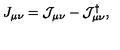
J _ { \mu \nu } = \mathcal { J } _ { \mu \nu } - \mathcal { J } _ { \mu \nu } ^ { \dagger } ,